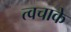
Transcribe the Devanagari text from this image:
त्वचाके